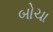
બોચા